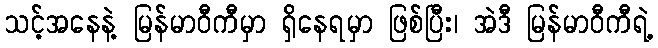
သင့်အနေနဲ့ မြန်မာဝီကီမှာ ရှိနေရမှာ ဖြစ်ပြီး၊ အဲဒီ မြန်မာဝီကီရဲ့